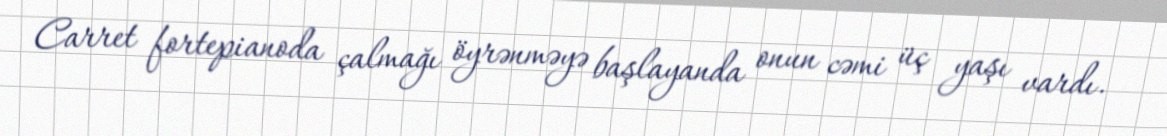
Carret fortepianoda çalmağı öyrənməyə başlayanda onun cəmi üç yaşı vardı.